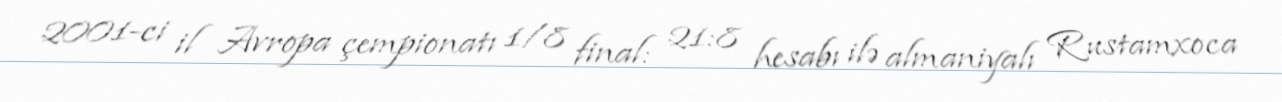
2001-ci il Avropa çempionatı 1/8 final: 21:8 hesabı ilə almaniyalı Rustamxoca